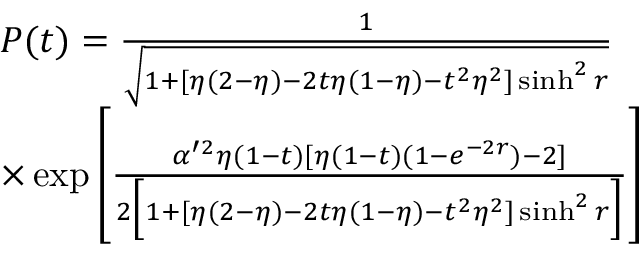
\begin{array} { r l } & { P ( t ) = \frac { 1 } { \sqrt { 1 + [ \eta ( 2 - \eta ) - 2 t \eta ( 1 - \eta ) - t ^ { 2 } \eta ^ { 2 } ] \sinh ^ { 2 } r } } } \\ & { \times \exp \left[ \frac { \alpha ^ { \prime 2 } \eta ( 1 - t ) [ \eta ( 1 - t ) ( 1 - e ^ { - 2 r } ) - 2 ] } { 2 \Big [ 1 + [ \eta ( 2 - \eta ) - 2 t \eta ( 1 - \eta ) - t ^ { 2 } \eta ^ { 2 } ] \sinh ^ { 2 } r \Big ] } \right] } \end{array}